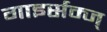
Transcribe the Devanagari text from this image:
गाइर्सम्ज्